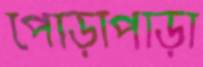
পোড়াপাড়া